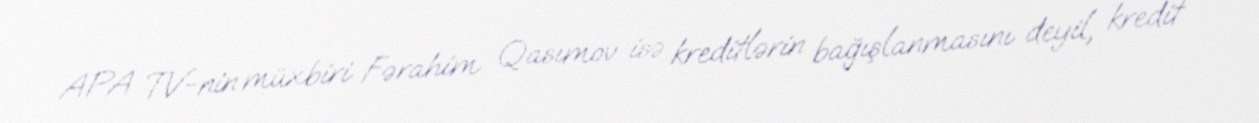
APA TV-nin müxbiri Fərahim Qasımov isə kreditlərin bağışlanmasını deyil, kredit